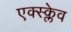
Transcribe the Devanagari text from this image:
एक्स्क्लेव